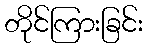
တိုင်ကြားခြင်း